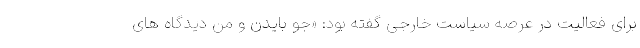
برای فعالیت در عرصه سیاست خارجی گفته بود: «جو بایدن و من دیدگاه های